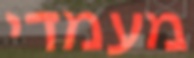
מעמדי